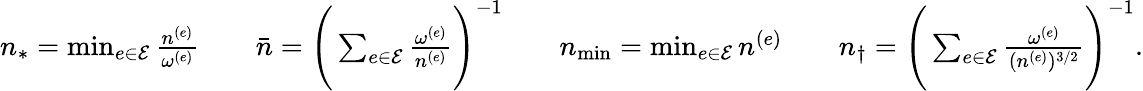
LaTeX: \begin{array}{r}{n_{*}=\operatorname*{min}_{e\in\mathcal{E}}\frac{n^{(e)}}{\omega^{(e)}}\qquad\bar{n}=\Bigg(\sum_{e\in\mathcal{E}}\frac{\omega^{(e)}}{n^{(e)}}\Bigg)^{-1}\qquad n_{\operatorname*{min}}=\operatorname*{min}_{e\in\mathcal{E}}n^{(e)}\qquad n_{\dagger}=\Bigg(\sum_{e\in\mathcal{E}}\frac{\omega^{(e)}}{(n^{(e)})^{3/2}}\Bigg)^{-1}.}\end{array}